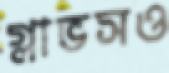
গ্লাভসও